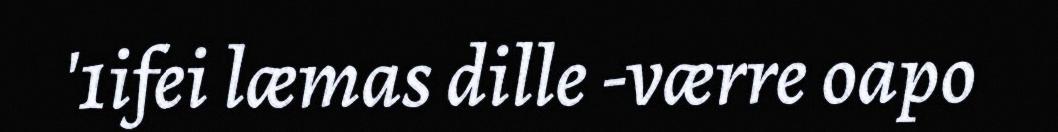
'1ifei læmas dille -værre oapo